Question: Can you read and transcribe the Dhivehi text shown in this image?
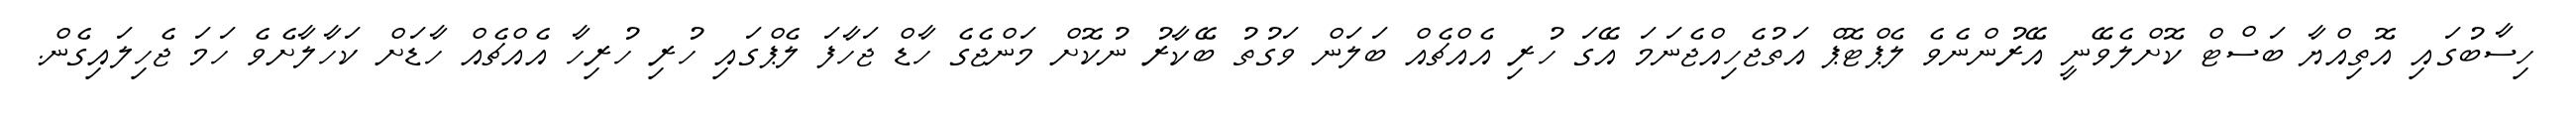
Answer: ހިސާބުގައި އޮތިއްޔާ ބަސްޓް ކޮށްލެވޭނީ އޭރުންނެވެ ލެޕްޓޮޕް އަތުޖެހިއްޖެނަމަ އޭގަ ހުރި އެއްޗެއް ބަލަން ވަގުތު ބޭކާރު ނުކޮށް މަންޖެގެ ހާޑް ޖަހާފަ ލެޕްގައި ހުރި ހުރިހާ އެއްޗެއް ހާޑަށް ކަހާލާށެވެ ހަމަ ޖެހިލައިގެން.